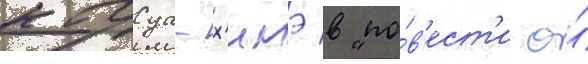
кагуа-х'имэ в "по́в'ест'и о́